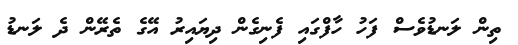
ތިން ލަނޑުވެސް ފަހު ހާފްގައި ފެނިގެން ދިޔައިރު އޭގެ ތެރޭން ދެ ލަނޑު